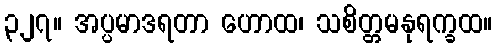
၃၂၇။ အပ္ပမာဒရတာ ဟောထ၊ သစိတ္တမနုရက္ခထ။